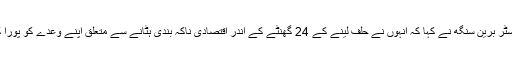
چیف منسٹر برین سنگھ نے کہا کہ انہوں نے حلف لینے کے 24 گھنٹے کے اندر اقتصادی ناکہ بندی ہٹانے سے متعلق اپنے وعدے کو پورا کیا ہے ۔